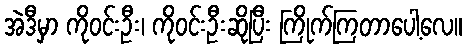
အဲဒီမှာ ကိုဝင်းဦး၊ ကိုဝင်းဦးဆိုပြီး ကြိုက်ကြတာပေါ့လေ။